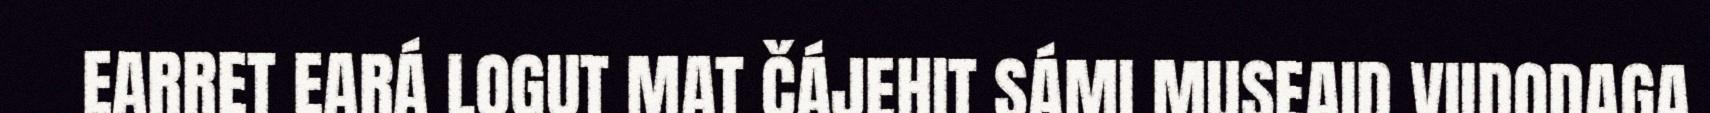
EARRET EARÁ LOGUT MAT ČÁJEHIT SÁMI MUSEAID VIIDODAGA